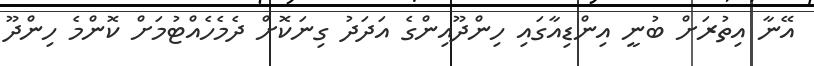
އޭނާ އިތުރަށް ބުނީ އިންޑިއާގައި ހިންދޫއިންގެ އަދަދު ގިނަކޮށް ދެމެހެއްޓުމަށް ކޮންމެ ހިންދޫ